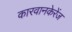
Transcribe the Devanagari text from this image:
कारवानकेरेंज